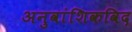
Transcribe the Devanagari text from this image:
अनुवांशिकविद